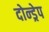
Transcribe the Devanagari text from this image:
दोन्ड्रेप